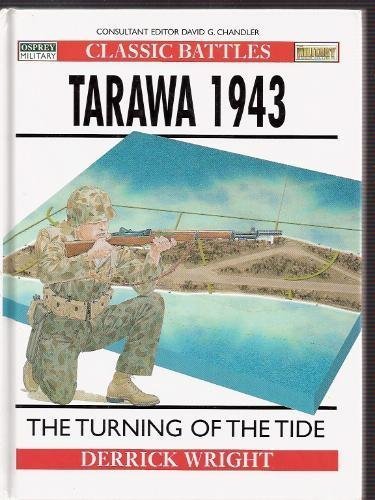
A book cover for Tarawa 1943 : Turning of the Tide; Derrick Wright; Travel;